Medical and sanitary report of the native army of Madras for the year
Year: 1878
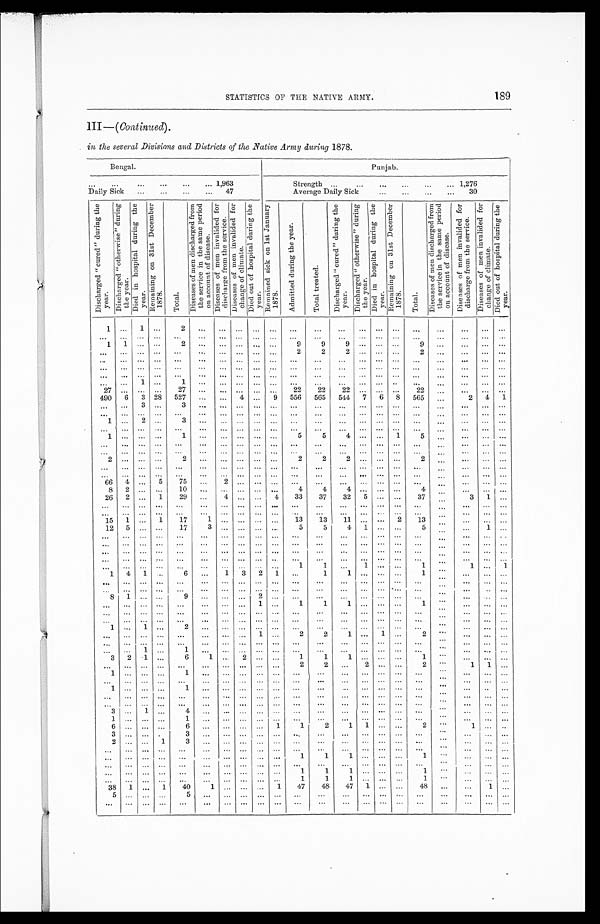
STATISTICS OF THE NATIVE ARMY.
I I I — (
C o n t i n u e d
) .
in the several Divisions and Districts of the Native Army during 1878.
Bengal.
Punjab.
. . . 1,963
Strength . . .
1,276
Daily Sick . . .
47
Average Daily Sick . . .
30
D i s c h a r g e d " c u r e d " d u r i n g t h e y e a r .
D i s c h a r g e d " o t h e r w i s e " d u r i n g t h e y e a r .
D i e d i n h o s p i t a l d u r i n g t h e y e a r .
R e m a i n i n g o n 3 1 s t D e c e m b e r 1 8 7 8 .
T o t a l .
D i s e a s e s o f m e n d i s c h a r g e d f r o m t h e s e r v i c e i n t h e s a m e p e r i o d o n a c c o u n t o f d i s e a s e .
D i s e a s e s o f m e n i n v a l i d e d f o r d i s c h a r g e f r o m t h e s e r v i c e .
D i s e a s e s o f m e n i n v a l i d e d f o r c h a n g e o f c l i m a t e .
D i e d o u t o f h o s p i t a l d u r i n g t h e y e a r .
R e m a i n e d s i c k o n 1 s t J a n u a r y 1 8 7 8 .
A d m i t t e d d u r i n g t h e y e a r .
T o t a l t r e a t e d .
D i s c h a r g e d " c u r e d " d u r i n g t h e y e a r .
D i s c h a r g e d " o t h e r w i s e " d u r i n g t h e y e a r .
D i e d i n h o s p i t a l d u r i n g t h e y e a r .
R e m a i n i n g o n 3 1 s t D e c e m b e r 1 8 7 8 .
T o t a l .
D i s e a s e s o f m e n d i s c h a r g e d f r o m t h e s e r v i c e i n t h e s a m e p e r i o d o n a c c o u n t o f d i s e a s e .
D i s e a s e s o f m e n i n v a l i d e d f o r d i s c h a r g e f r o m t h e s e r v i c e .
D i s e a s e s o f m e n i n v a l i d e d f o r c h a n g e o f c l i m a t e .
D i e d o u t o f h o s p i t a l d u r i n g t h e y e a r .
1 . . .
1
. . .
2
. . .
. . .
. . .
. . .
. . .
. . .
. . .
. . .
. . .
. . .
. . .
. . .
. . .
. . .
. . . . . .
. . .
. . .
. . .
. . .
. . .
. . .
. . .
. . .
. . .
. . .
. . .
. . .
. . .
. . .
. . .
. . . . . .
. . .
. . .
. . .. . .
2
1 1
. . .
. . .
. . .
. . .
. . .
. . .
. . .
9
9 9
. . . . . .
. . .
9
. . .
. . .
. . .
. . .
. . .
. . .
. . .
. . .
. . .
. . .
. . .
. . .
. . .
. . .
2
2 2
. . . . . .
. . .
2
. . .
. . .
. . . . . .
. . .
. . .
. . .
. . .
. . .
. . .
. . .
. . .
. . .
. . .
. . .
. . .
. . . . . .
. . .
. . .
. . .
. . .
. . .
. . . . . .
. . .
. . .
. . .
. . .
. . .
. . .
. . .
. . .
. . .
. . .
. . .
. . .
. . . . . .
. . .
. . .
. . .
. . .
. . .
. . .
. . .
. . .
. . .
. . .
. . . . . .
. . .
. . .
. . .
. . .
. . .
. . .
. . .
. . . . . .
. . .
. . .
. . .
. . .
. . .
. . .
. . .
. . . . . .
1
. . .
1
. . .
. . .
. . .
. . .
. . .
. . .
. . . . . .
. . .
. . .
. . .
. . .
. . .
. . .
. . . . . .
2 7 . . .
. . .
. . .
27
. . .
. . .
. . .
. . .
. . .
22
22
2 2 . . .
. . .
. . .
2 2
. . .
. . .
. . . . . .
490
6
3
28
527
. . .
. . .
4
. . .
9
556
565
544
7
6
8
565
. . .
2
4 1
. . .
. . .
3
. . .
3
. . .
. . .
. . .
. . .
. . .
. . .
. . .
. . . . . .
. . . . . .
. . .
. . .
. . .
. . .. . .
. . .
. . .
. . .
. . .
. . .
. . .
. . .
. . .
. . .
. . .
. . .
. . . . . .
. . . . . .
. . .
. . .
. . .
. . .
. . . . . .
1 . . .
2
. . .
3
. . .
. . .
. . .
. . . . . .
. . .
. . .
. . .
. . .
. . .
. . . . . .
. . .
. . .
. . . . . .
. . .
. . .
. . .
. . .
. . .
. . .
. . .
. . .
. . .
. . .
. . .
. . .
. . . . . .
. . . . . .
. . .
. . .
. . .
. . .
. . .
1 . . .
. . .
. . .
1
. . .
. . .
. . .
. . . . . .
5
5
4
. . .
. . .
1
5
. . .
. . .
. . .
. . .
. . .
. . .
. . .
. . .
. . .
. . .
. . .
. . .
. . .
. . .
. . .
. . .
. . . . . .
. . .
. . . . . .
. . .
. . .
. . . . . .
. . .
. . .
. . .
. . .
. . .
. . .
. . .
. . .
. . .
. . .
. . .
. . .
. . . . . . . . .
. . .
. . .
. . .
. . .
. . . . . .
2
. . .
. . .
. . .
2
. . .
. . .
. . .
. . .
. . .
2
2
2
. . .
. . .
. . .
2
. . .
. . .
. . . . . .
. . .
. . .
. . .
. . .
. . .
. . .
. . .
. . .
. . .
. . .
. . .
. . .
. . . . . .
. . . . . .
. . .
. . .
. . .
. . . . . .
. . . . . .
. . .
. . .
. . .
. . .
. . .
. . .
. . .
. . .
. . .
. . . . . .
. . .
. . .
. . .
. . .
. . .
. . .
. . . . . .
66
4
. . .
5
7 5
. . .
2
. . .
. . .
. . .
. . .
. . .
. . . . . .
. . . . . .
. . .
. . .
. . .
. . . . . .
8 2
. . .
. . .
10
. . .
. . .
. . .
. . . . . .
4
4
4
. . .
. . .
. . .
4
. . .
. . .
. . .
. . .
26
2
. . .
1
29
. . .
4
. . .
. . . 4
33
37
32
5 . . . . . .
37
. . .
3
1 . . .
. . .
. . .
. . .
. . .
. . .
. . .
. . .
. . .
. . . . . .
. . .
. . .
. . . . . .
. . .
. . . . . .
. . .
. . .
. . . . . .
. . .
. . .
. . .
. . .
. . .
. . .
. . .
. . .
. . . . . .
. . .
. . .
. . . . . .
. . . . . .
. . .
. . .
. . .
. . .
. . .
15
1
. . .
1
17
1
. . .
. . .
. . .
. . .
13
1 3
11
. . .
. . .
2
1 3
. . .
. . .
. . . . . .
12
5
. . .
. . .
17
3
. . .
. . .
. . . . . .
5
5
4
1 . . .
. . .
5
. . .
. . .
1 . . .
. . .
. . .
. . .
. . .
. . .
. . .
. . .
. . .
. . .
. . .
. . .
. . .
. . . . . .
. . .
. . .
. . .
. . .
. . .
. . .
. . .
. . .
. . .
. . .
. . .
. . .
. . .
. . .
. . .
. . . . . .
. . .
. . .
. . .
. . .
. . .
. . .
. . .
. . .
. . .
. . . . . .
. . .
. . .
. . .
. . .
. . .
. . .
. . .
. . .
. . .
. . .
. . .
. . .
. . .
. . .
. . .
. . .
. . .
. . .
. . .
. . .
. . .
. . .
. . .
. . .
. . .
. . .
. . .
. . .
. . .
. . .
. . .
. . .
. . .
. . .
. . .
. . .
. . .
. . .
. . .
. . .
. . . . . .
. . .
. . .
. . .
. . .
. . .
. . .
. . .
. . .
. . .
. . .
1
1
. . . 1
. . .
. . .
1
. . .
1
. . . 1
1
4
1
. . .
6
. . .
1
3
2
1
. . .
1
1
. . .
. . .
. . .
1
. . .
. . .
. . . . . .
. . .
. . .
. . .
. . .
. . .
. . .
. . .
. . .
. . . . . .
. . .
. . .
. . .
. . .
. . .
. . . . . .
. . .
. . .
. . .
. . .
. . .
. . .
. . .
. . .
. . .
. . .
. . .
. . .
. . .
. . .
. . .
. . .
. . .
. . .
. . .
. . .
. . .
. . .
. . .
. . . . . .
8
1
. . .
. . .
9
. . .
. . .
. . .
2 . . .
. . .
. . .
. . .
. . .
. . .
. . .
. . .
. . .
. . .
. . . . . .
. . .
. . .
. . .
. . .
. . .
. . .
. . .
. . .
1 . . .
1
1
1
. . .
. . .
. . .
1
. . .
. . .
. . .
. . .
. . .
. . .
. . .
. . .
. . .
. . .
. . .
. . .
. . .
. . .
. . .
. . .
. . .
. . .
. . .
. . .
. . .
. . .
. . .
. . . . . .
. . .
. . .
. . .
. . . . . .
. . .
. . .
. . .
. . .
. . .
. . .
. . .
. . .
. . .
. . .
. . .
. . .
. . .
. . .
. . . . . .
1 . . .
1
. . . 2
. . .
. . .
. . .
. . .
. . .
. . .
. . .
. . .
. . .
. . .
. . .
. . .
. . .
. . .
. . .
. . .
. . .
. . .
. . .
. . .
. . .
. . .
. . .
. . .
1 . . .
2
2
1
. . .
1
. . .
2
. . .
. . .
. . .
. . .
. . .
. . .
. . .
. . .
. . .
. . .
. . .
. . .
. . .
. . .
. . .
. . .
. . .
. . .
. . .
. . .
. . .
. . .
. . .
. . . . . .
. . .
. . .
1
. . .
1
. . .
. . .
. . .
. . .
. . .
. . .
. . .
. . .
. . .
. . .
. . .
. . .
. . .
. . .
. . . . . .
3
2
1
. . .
6
1
. . .
2
. . . . . .
1
1
1 . . .
. . .
. . .
1
. . .
. . .
. . . . . .
. . .
. . .
. . .
. . .
. . .
. . .
. . .
. . .
. . .
. . .
2
2 . . .
2
. . .
. . .
2
. . .
1
1
. . .
1
. . .
. . .
. . .1
. . .
. . .
. . .
. . . . . .
. . .
. . .
. . .
. . .
. . .
. . .
. . .
. . . . . .
. . . . . .
. . .
. . .
. . .
. . .
. . .
. . .
. . .
. . .
. . .
. . .
. . .
. . .
. . .
. . .
. . .
. . .
. . .
. . .
. . .
. . .
. . .
1
. . .
. . .
. . .
1
. . .
. . .
. . .
. . .
. . .
. . .
. . .
. . . . . .
. . .
. . .
. . .
. . .
. . .
. . .
. . .
. . .
. . .
. . .
. . .
. . .
. . .
. . .
. . .
. . .
. . .
. . .
. . .
. . .
. . .
. . .
. . .
. . .
. . .
. . .
. . .
. . .
. . .
. . .
. . .
. . .
. . .
. . .
. . .
. . .
. . .
. . .
. . .
. . .
. . .
. . .
. . .
. . .
. . .
. . .
. . .
. . .
. . .
3 . . .
1
. . . 4
. . .
. . .
. . .
. . .
. . .
. . .
. . .
. . .
. . .
. . .
. . .
. . .
. . .
. . .
. . . . . .
1 . . .
. . .
. . .
1
. . .
. . .
. . .
. . .
. . .
. . .
. . .
. . . . . .
. . . . . .
. . .
. . .
. . .
. . .
. . .
6 . . .
. . .
. . .
6
. . .
. . .
. . .
. . .
1
1
2
1
1
. . .
. . .
2
. . .
1
. . .
. . .
3 . . .
. . .
. . .
3
. . .
. . .
. . .
. . .
. . .
. . .
. . .
. . .
. . .
. . .
. . .
. . .
. . .
. . .
. . . . . .
2 . . .
. . .
1
3
. . .
. . .
. . .
. . . . . .
. . .
. . .
. . . . . .
. . .
. . .
. . .
. . .
. . .
. . .
. . .
. . . . . .
. . .
. . .
. . .
. . .
. . .
. . .
. . .
. . .
. . .
. . .
. . .
. . .
. . .
. . .
. . .
. . .
. . .
. . .
. . .
. . .
. . .
. . .
. . .
. . .
. . .
. . .
. . .
. . . . . .
1
1
1
. . .
. . .
. . .
1
. . .
. . .
. . . . . .
. . .
. . .
. . .
. . .
. . .
. . .
. . .
. . .
. . .
. . .
. . .
. . .
. . .
. . .
. . .
. . .
. . .
. . .
. . .
. . .
. . .
. . . . . .
. . .
. . .
. . .
. . .
. . .
. . .
. . . . . .
1
1
1
. . .
. . .
. . .
1
. . .
. . .
. . . . . .
. . . . . .
. . .
. . .. . .
. . .
. . .
. . .
. . .
. . .
1
1
1
. . .
. . .
. . .
1
. . .
. . .
. . . . . .
38
1
. . .
1
40
1
. . . . . .
. . . 1
47
48
47
1
. . .
. . .
48
. . .
. . .
1
. . .
5 . . .
. . .
. . .
5
. . .
. . . . . .
. . .
. . .
. . .
. . .
. . .
. . .
. . .
. . .
. . .
. . .
. . .
. . . . . .
. . .
. . .
. . .
. . .
. . .
. . .
. . .
. . .
. . .
. . . . . .
. . .
. . .
. . .
. . .
. . .
. . .
. . .
. . .
. . .
. . .
189